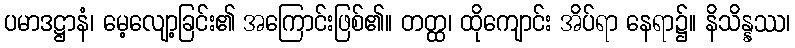
ပမာဒဋ္ဌာနံ၊ မေ့လျော့ခြင်း၏ အကြောင်းဖြစ်၏။ တတ္ထ၊ ထိုကျောင်း အိပ်ရာ နေရာ၌။ နိသိန္နဿ၊